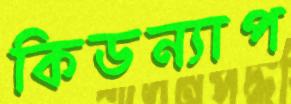
কিডন্যাপ